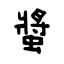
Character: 螿